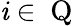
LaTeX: \mathit{i}\in\mathrm{{~Q~}}